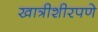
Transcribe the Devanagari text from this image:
खात्रीशीरपणे